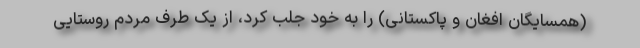
(همسایگان افغان و پاکستانی) را به خود جلب کرد، از یک طرف مردم روستایی